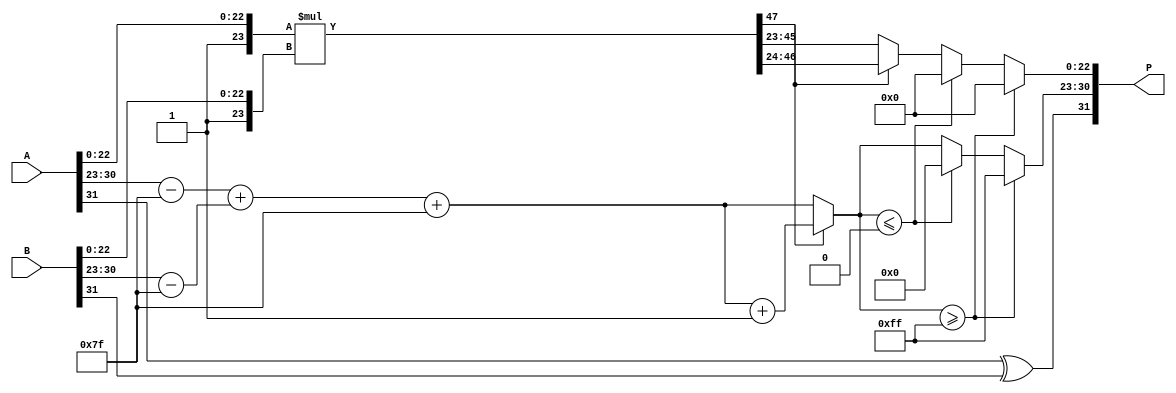
module FloatingPointMultiplier (
    input [31:0] A, // First floating-point number
    input [31:0] B, // Second floating-point number
    output reg [31:0] P // Product of A and B
);

    // Constants
    parameter EXPONENT_BIAS = 127;
    parameter MANTISSA_WIDTH = 23;

    // Internal signals
    reg sign_A, sign_B, sign_P;
    reg [7:0] exp_A, exp_B, exp_P;
    reg [MANTISSA_WIDTH:0] mant_A, mant_B, mant_P; // Extra bit for normalization
    reg [47:0] mant_product; // 23 + 23 bits for mantissa multiplication
    reg [7:0] exp_sum;

    // Extract sign, exponent, and mantissa
    always @(*) begin
        sign_A = A[31];
        exp_A = A[30:23] - EXPONENT_BIAS; // Normalize exponent
        mant_A = {1'b1, A[22:0]}; // Add implicit leading 1

        sign_B = B[31];
        exp_B = B[30:23] - EXPONENT_BIAS; // Normalize exponent
        mant_B = {1'b1, B[22:0]}; // Add implicit leading 1

        // Determine sign of the product
        sign_P = sign_A ^ sign_B;

        // Exponent calculation
        exp_sum = exp_A + exp_B + EXPONENT_BIAS; // Add bias back after summation

        // Mantissa multiplication
        mant_product = mant_A * mant_B;

        // Normalization of mantissa
        if (mant_product[47]) begin
            mant_P = mant_product[46:24]; // Shift right if leading bit is 1
            exp_P = exp_sum + 1; // Increase exponent
        end else begin
            mant_P = mant_product[45:23]; // Normal case
            exp_P = exp_sum;
        end

        // Handle overflow and underflow
        if (exp_P >= 255) begin
            exp_P = 255; // Set to infinity
            mant_P = 0; // Mantissa is zero for infinity
        end else if (exp_P <= 0) begin
            exp_P = 0; // Set to zero (denormalized)
            mant_P = 0; // Mantissa is zero
        end

        // Assemble final product
        P = {sign_P, exp_P[7:0], mant_P[MANTISSA_WIDTH-1:0]};
    end

endmodule